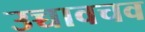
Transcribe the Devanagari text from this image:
उच्चावचव